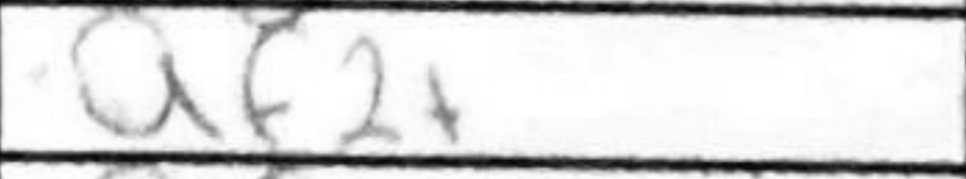
Transcription: Qf2+